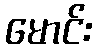
မောင်း